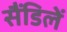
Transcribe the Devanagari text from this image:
सैंडिलें